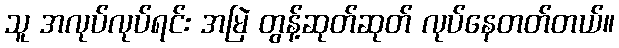
သူ အလုပ်လုပ်ရင်း အမြဲ တွန့်ဆုတ်ဆုတ် လုပ်နေတတ်တယ်။